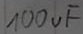
Text: 100µF